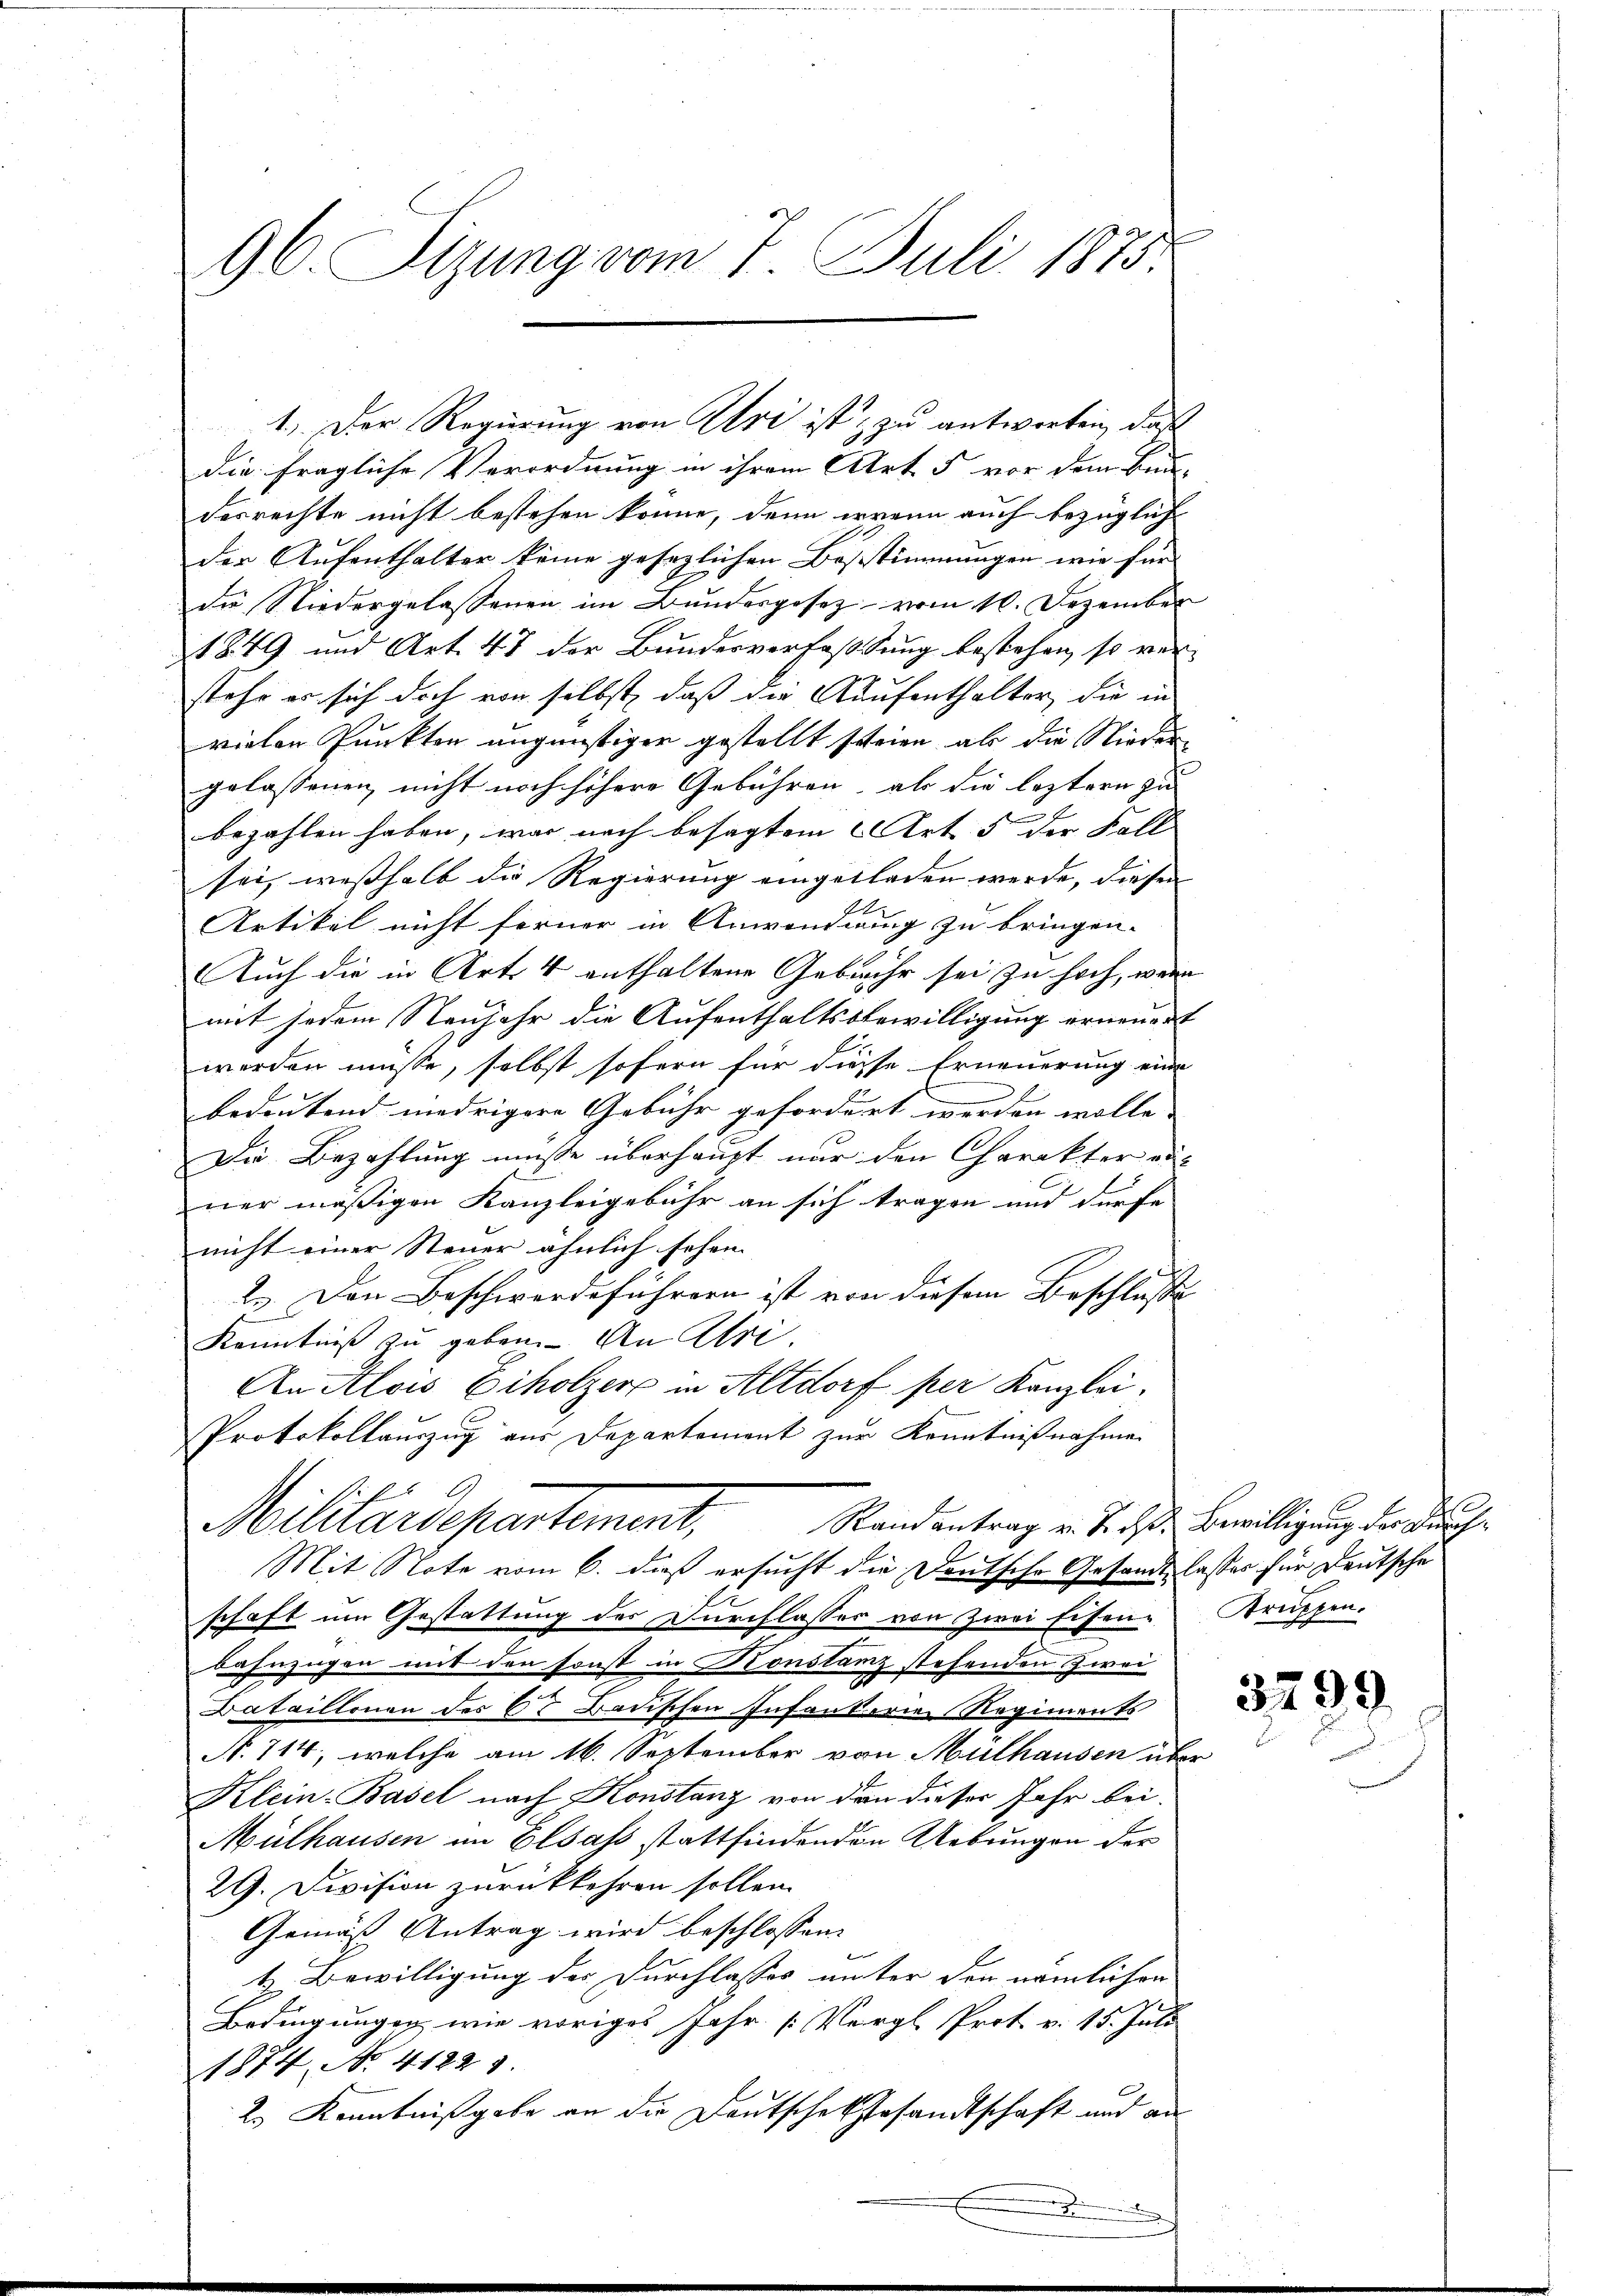
96. Sizung vom 7. Juli 1875.

die fragliche Verordnung in ihrem Art 5 vor dem Bundesrechte nicht bestehen könne, denn wenn auch bezüglich
der Aufenthalter keine gesetzlichen Bestimmungen wie für
die Niedergelassenen im Bundesgesetz vom 10. Dezember
1849 und Art. 47 der Bundesverfassung bestehen, so ver-
stehe er sich doch von selbst, daß die Kaufenthalter, die in
vielen Punkten ungünstigen gestellt schrien, als die Nieder
gelassenen nicht noch höhere Gebühren, als die leztern zu
bezahlen haben, war noch besagtem Art. 5 der Fall
sei, wesshalb die Regierung eingetladen werde, diesen
A
Artikel nicht ferner in Anwendung zu bringen.
Auch die in Art. 4 enthaltene Gebühr sei zu hoch, wenn
mit jedem Neujahr die Aufenthaltsbewilligung ernennet
werden müsse, selbst sofern für diesse Erneuerung eine
bedeutend niedrigere Gebühr gefordert werden wolle. |
Die Bezahlung müsse überhaupt nur den Charakter aus
ner mäßigen Kanzleigebühr an sich tragen und dürfe |
nicht einer Steuer ähnlich sehen
2.. Den Beschwerdeführern ist von diesem Beschlusse
Kenntniß zu geben. An Ulri
An Alois Eiholzer in Altdorf per Kanzlei.
Protokollauszug aus Departement zur Kenntnißnahmen
Randantrag v. J. dß. Bewilligung der Durch¬
Militärdepartement,
Mit Note vom 6. daß ersucht die Deutsche Gesandt lasses für Deutsche
schaft um Gestattung der Durchlasser von Zwei Eisenbahnzügen mit den sonst in Konstanz stehenden Zwei
Dataillonen des 67 Badischen Infanterie Regiments
N. 714, welche am 16. September von Mülhausen über
Klein-Basel nach Konstanz von den dieser Jahr bei.
Mülhausen im Elsass stattfindenden Uebungen der
29. Division zurückkehren sollen.
Gemäß Antrag wird beschlossen
t Bewilligung der Durchlasses unter den nämlichen
Bedingungen, wie voriges Jahr [Vergl. Prot. v. 15. Juli
1874. No. 41221.
2.) Kenntnißgabe an die Deutsche Gesandtschaft und an

1. Der Regierung von Uri ist & zu antworten, daß

s
Bruppen.
3799.